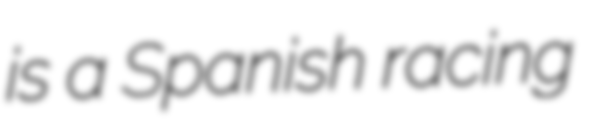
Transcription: is a Spanish racing